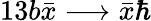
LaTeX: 13b\bar{x}\longrightarrow\bar{x}\hbar